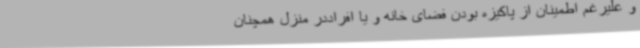
و علیرغم اطمینان از پاکیزه بودن فضای خانه و یا افراددر منزل همچنان